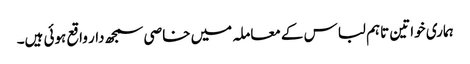
ہماری خواتین تاہم لباس کے معاملہ میں خاصی سمجھ دار واقع ہوئی ہیں۔